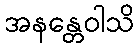
အနန္တေဝါသိ